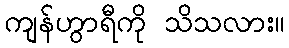
ကျန်ဟွာရီကို သိသလား။